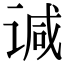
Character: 𫍯